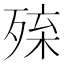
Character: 𣨚